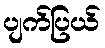
ပျက်ပြယ်